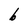
Character: b